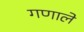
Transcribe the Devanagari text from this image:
गणाले